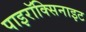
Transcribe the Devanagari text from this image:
पाइरॉक्सिनाइट